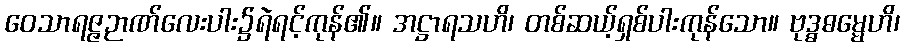
ဝေသာရဇ္ဇဉာဏ်လေးပါး၌ရဲရင့်ကုန်၏။ အဋ္ဌာရသဟိ၊ တစ်ဆယ့်ရှစ်ပါးကုန်သော။ ဗုဒ္ဓဓမ္မေဟိ၊